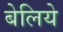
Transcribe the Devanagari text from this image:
बेलिये